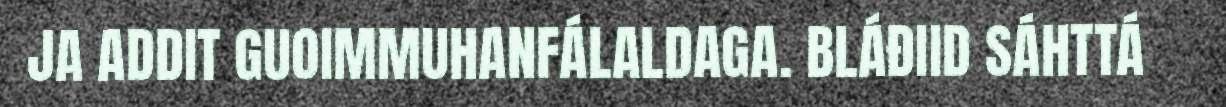
JA ADDIT GUOIMMUHANFÁLALDAGA. BLÁĐIID SÁHTTÁ